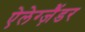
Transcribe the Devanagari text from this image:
ऐलेग्ज़ैंडर